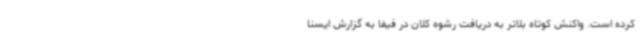
کرده است. واکنش کوتاه بلاتر به دریافت رشوه کلان در فیفا به گزارش ایسنا